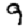
Digit: 9